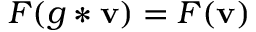
F ( g * \mathbf { v } ) = F ( \mathbf { v } )